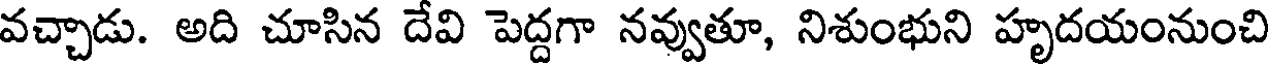
వచ్చాడు. అది చూసిన దేవి పెద్దగా నవ్వుతూ, నిశుంభుని హృదయంనుంచి